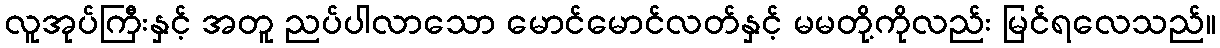
လူအုပ်ကြီးနှင့် အတူ ညပ်ပါလာသော မောင်မောင်လတ်နှင့် မမတို့ကိုလည်း မြင်ရလေသည်။